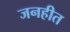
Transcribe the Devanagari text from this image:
जनहीत